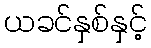
ယခင်နှစ်နှင့်